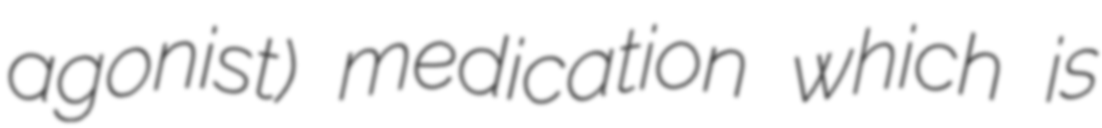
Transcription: agonist) medication which is